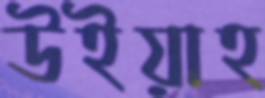
উইয়াহ